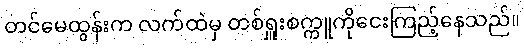
တင်မေထွန်းက လက်ထဲမှ တစ်ရှူးစက္ကူကိုငေးကြည့်နေသည်။